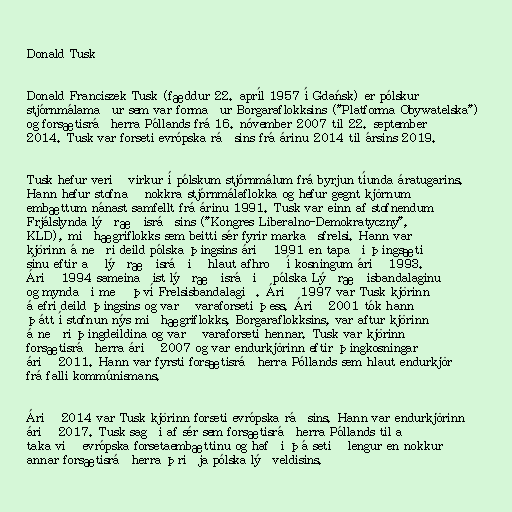
Donald Tusk

Donald Franciszek Tusk (fæddur 22. apríl 1957 í Gdańsk) er pólskur
stjórnmálamaður sem var formaður Borgaraflokksins ("Platforma Obywatelska")
og forsætisráðherra Póllands frá 16. nóvember 2007 til 22. september
2014. Tusk var forseti evrópska ráðsins frá árinu 2014 til ársins 2019.

Tusk hefur verið virkur í pólskum stjórnmálum frá byrjun tíunda áratugarins.
Hann hefur stofnað nokkra stjórnmálaflokka og hefur gegnt kjörnum
embættum nánast samfellt frá árinu 1991. Tusk var einn af stofnendum
Frjálslynda lýðræðisráðsins ("Kongres Liberalno-Demokratyczny",
KLD), miðhægriflokks sem beitti sér fyrir markaðsfrelsi. Hann var
kjörinn á neðri deild pólska þingsins árið 1991 en tapaði þingsæti
sínu eftir að lýðræðisráðið hlaut afhroð í kosningum árið 1993.
Árið 1994 sameinaðist lýðræðisráðið pólska Lýðræðisbandalaginu
og myndaði með því Frelsisbandalagið. Árið 1997 var Tusk kjörinn
á efri deild þingsins og varð varaforseti þess. Árið 2001 tók hann
þátt í stofnun nýs miðhægriflokks, Borgaraflokksins, var aftur kjörinn
á neðri þingdeildina og varð varaforseti hennar. Tusk var kjörinn
forsætisráðherra árið 2007 og var endurkjörinn eftir þingkosningar
árið 2011. Hann var fyrsti forsætisráðherra Póllands sem hlaut endurkjör
frá falli kommúnismans.

Árið 2014 var Tusk kjörinn forseti evrópska ráðsins. Hann var endurkjörinn
árið 2017. Tusk sagði af sér sem forsætisráðherra Póllands til að
taka við evrópska forsetaembættinu og hafði þá setið lengur en nokkur
annar forsætisráðherra þriðja pólska lýðveldisins.